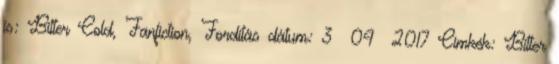
is: Bitter Cold, Fanfiction, Fordítás dátum: 3 04 2017 Címkék: Bitter